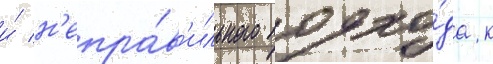
и́ н'епра́в'ильного подхо́да к